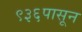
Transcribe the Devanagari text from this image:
९३६पासून